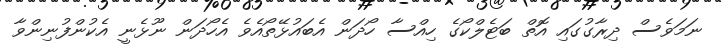
ނަމަވެސް ދިރާގުގައި އޮތް ބަޓެލްކޯގެ ހިއްސާ ހޯދަން އެބައުޅޭތޯއެވެ އެހޯދަން ނޫޅެނީ އެކުންފުނިންވާ